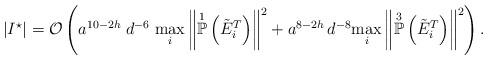
LaTeX: \begin{align*}|I^{\star}| = \mathcal{O}\left( a^{10-2h} \; d^{-6} \; \underset{i}{\max} \left\Vert \overset{1}{\mathbb{P}}\left(\tilde{E}_{i}^{T}\right) \right\Vert^{2} + a^{8 - 2h} \, d^{-8} \underset{i}{\max} \left\Vert \overset{3}{\mathbb{P}}\left(\tilde{E}_{i}^{T}\right) \right\Vert^{2} \right).\end{align*}